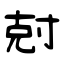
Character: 尅